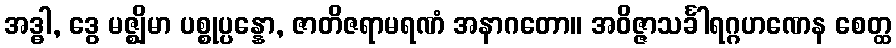
အဒ္ဓါ, ဒွေ မဇ္ဈိမာ ပစ္စုပ္ပန္နော, ဇာတိဇရာမရဏံ အနာဂတော။ အဝိဇ္ဇာသင်္ခါရဂ္ဂဟဏေန စေတ္ထ